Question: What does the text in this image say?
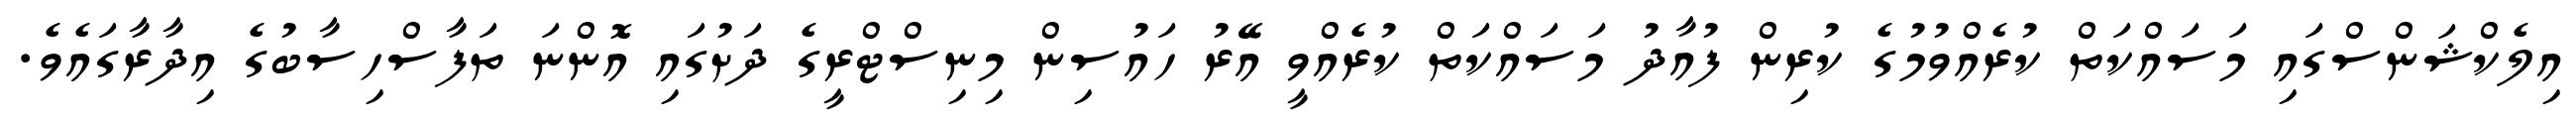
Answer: އިލެކްޝަންސްގައި މަސައްކަތް ކުރެއްވުމުގެ ކުރިން ފުއާދު މަސައްކަތް ކުރެއްވީ އޭރު ހައުސިން މިނިސްޓްރީގެ ދަށުގައި އޮންނަ ތަފާސްހިސާބުގެ އިދާރާގައެވެ.